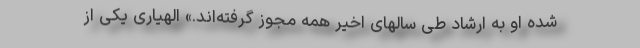
شده او به ارشاد طی سالهای اخیر همه مجوز گرفته‌اند.» الهیاری یکی از